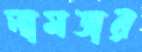
নামতার